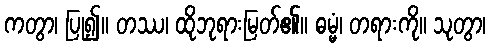
ကတွာ၊ ပြု၍။ တဿ၊ ထိုဘုရားမြတ်၏။ ဓမ္မံ၊ တရားကို။ သုတွာ၊